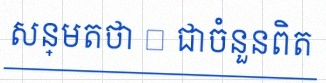
សន្មតថា x ជាចំនួនពិត